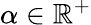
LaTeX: \alpha\in\mathbb{R}^{+}